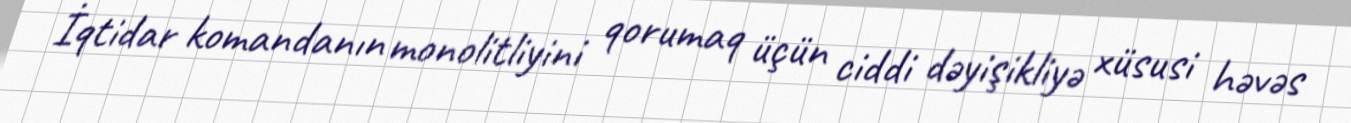
İqtidar komandanın monolitliyini qorumaq üçün ciddi dəyişikliyə xüsusi həvəs